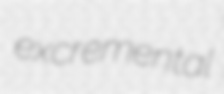
excremental